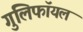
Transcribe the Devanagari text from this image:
गुलिफॉयल